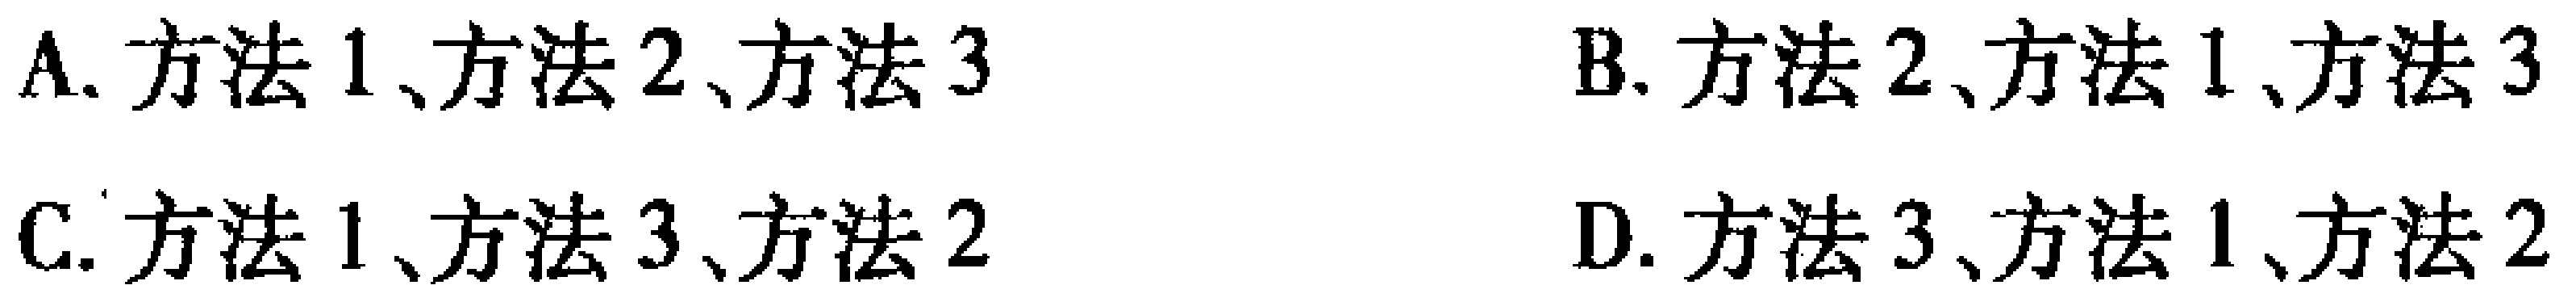
A. 方法1、方法2、方法3

B. 方法2、方法1、方法3

C. 方法1、方法3、方法2

D. 方法3、方法1、方法2